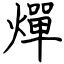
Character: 燀